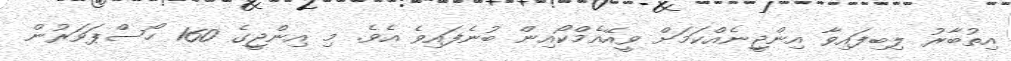
އިތުބާރު ލިބިފައިވާ އިންޖީނެއްކަމަށް ވީއޭއެމްކޯއިން ބުނެފައިވެ އެވެ. މި އިންޖީގެ 160 ހޯސްޕަވަރުން